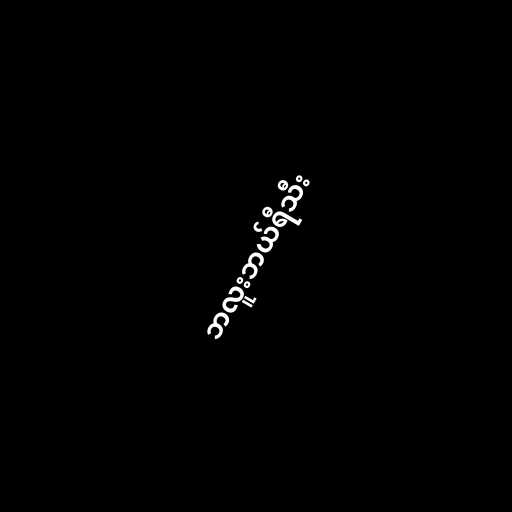
ဘလူးဘယ်ရီသီး